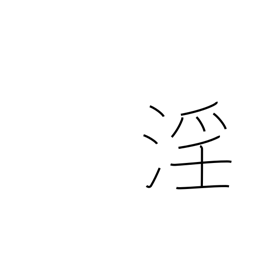
Meaning: licentiousness